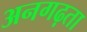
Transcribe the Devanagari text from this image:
अनगढ़ता